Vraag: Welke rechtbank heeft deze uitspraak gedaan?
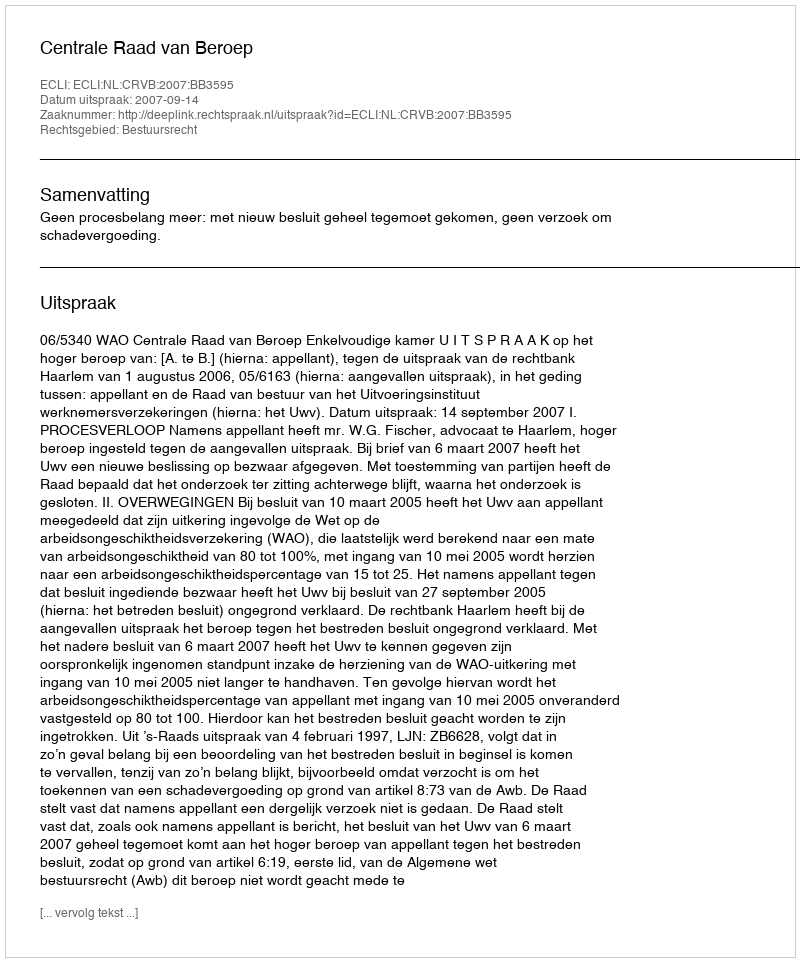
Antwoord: Centrale Raad van Beroep